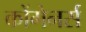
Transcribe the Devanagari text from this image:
कोंगेनर्स